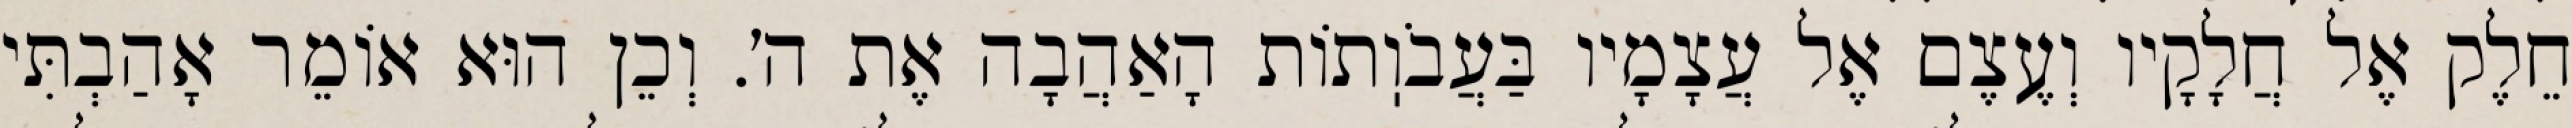
חֵלֶק אֶל חֲלָקָיו וְעֶצֶם אֶל עֲצָמָיו בַּעֲבֹוֽתוֹת הָאַהֲבָה אֶת ה׳. וְכֵן הוּא אוֹמֵר אָהַבְתִּי